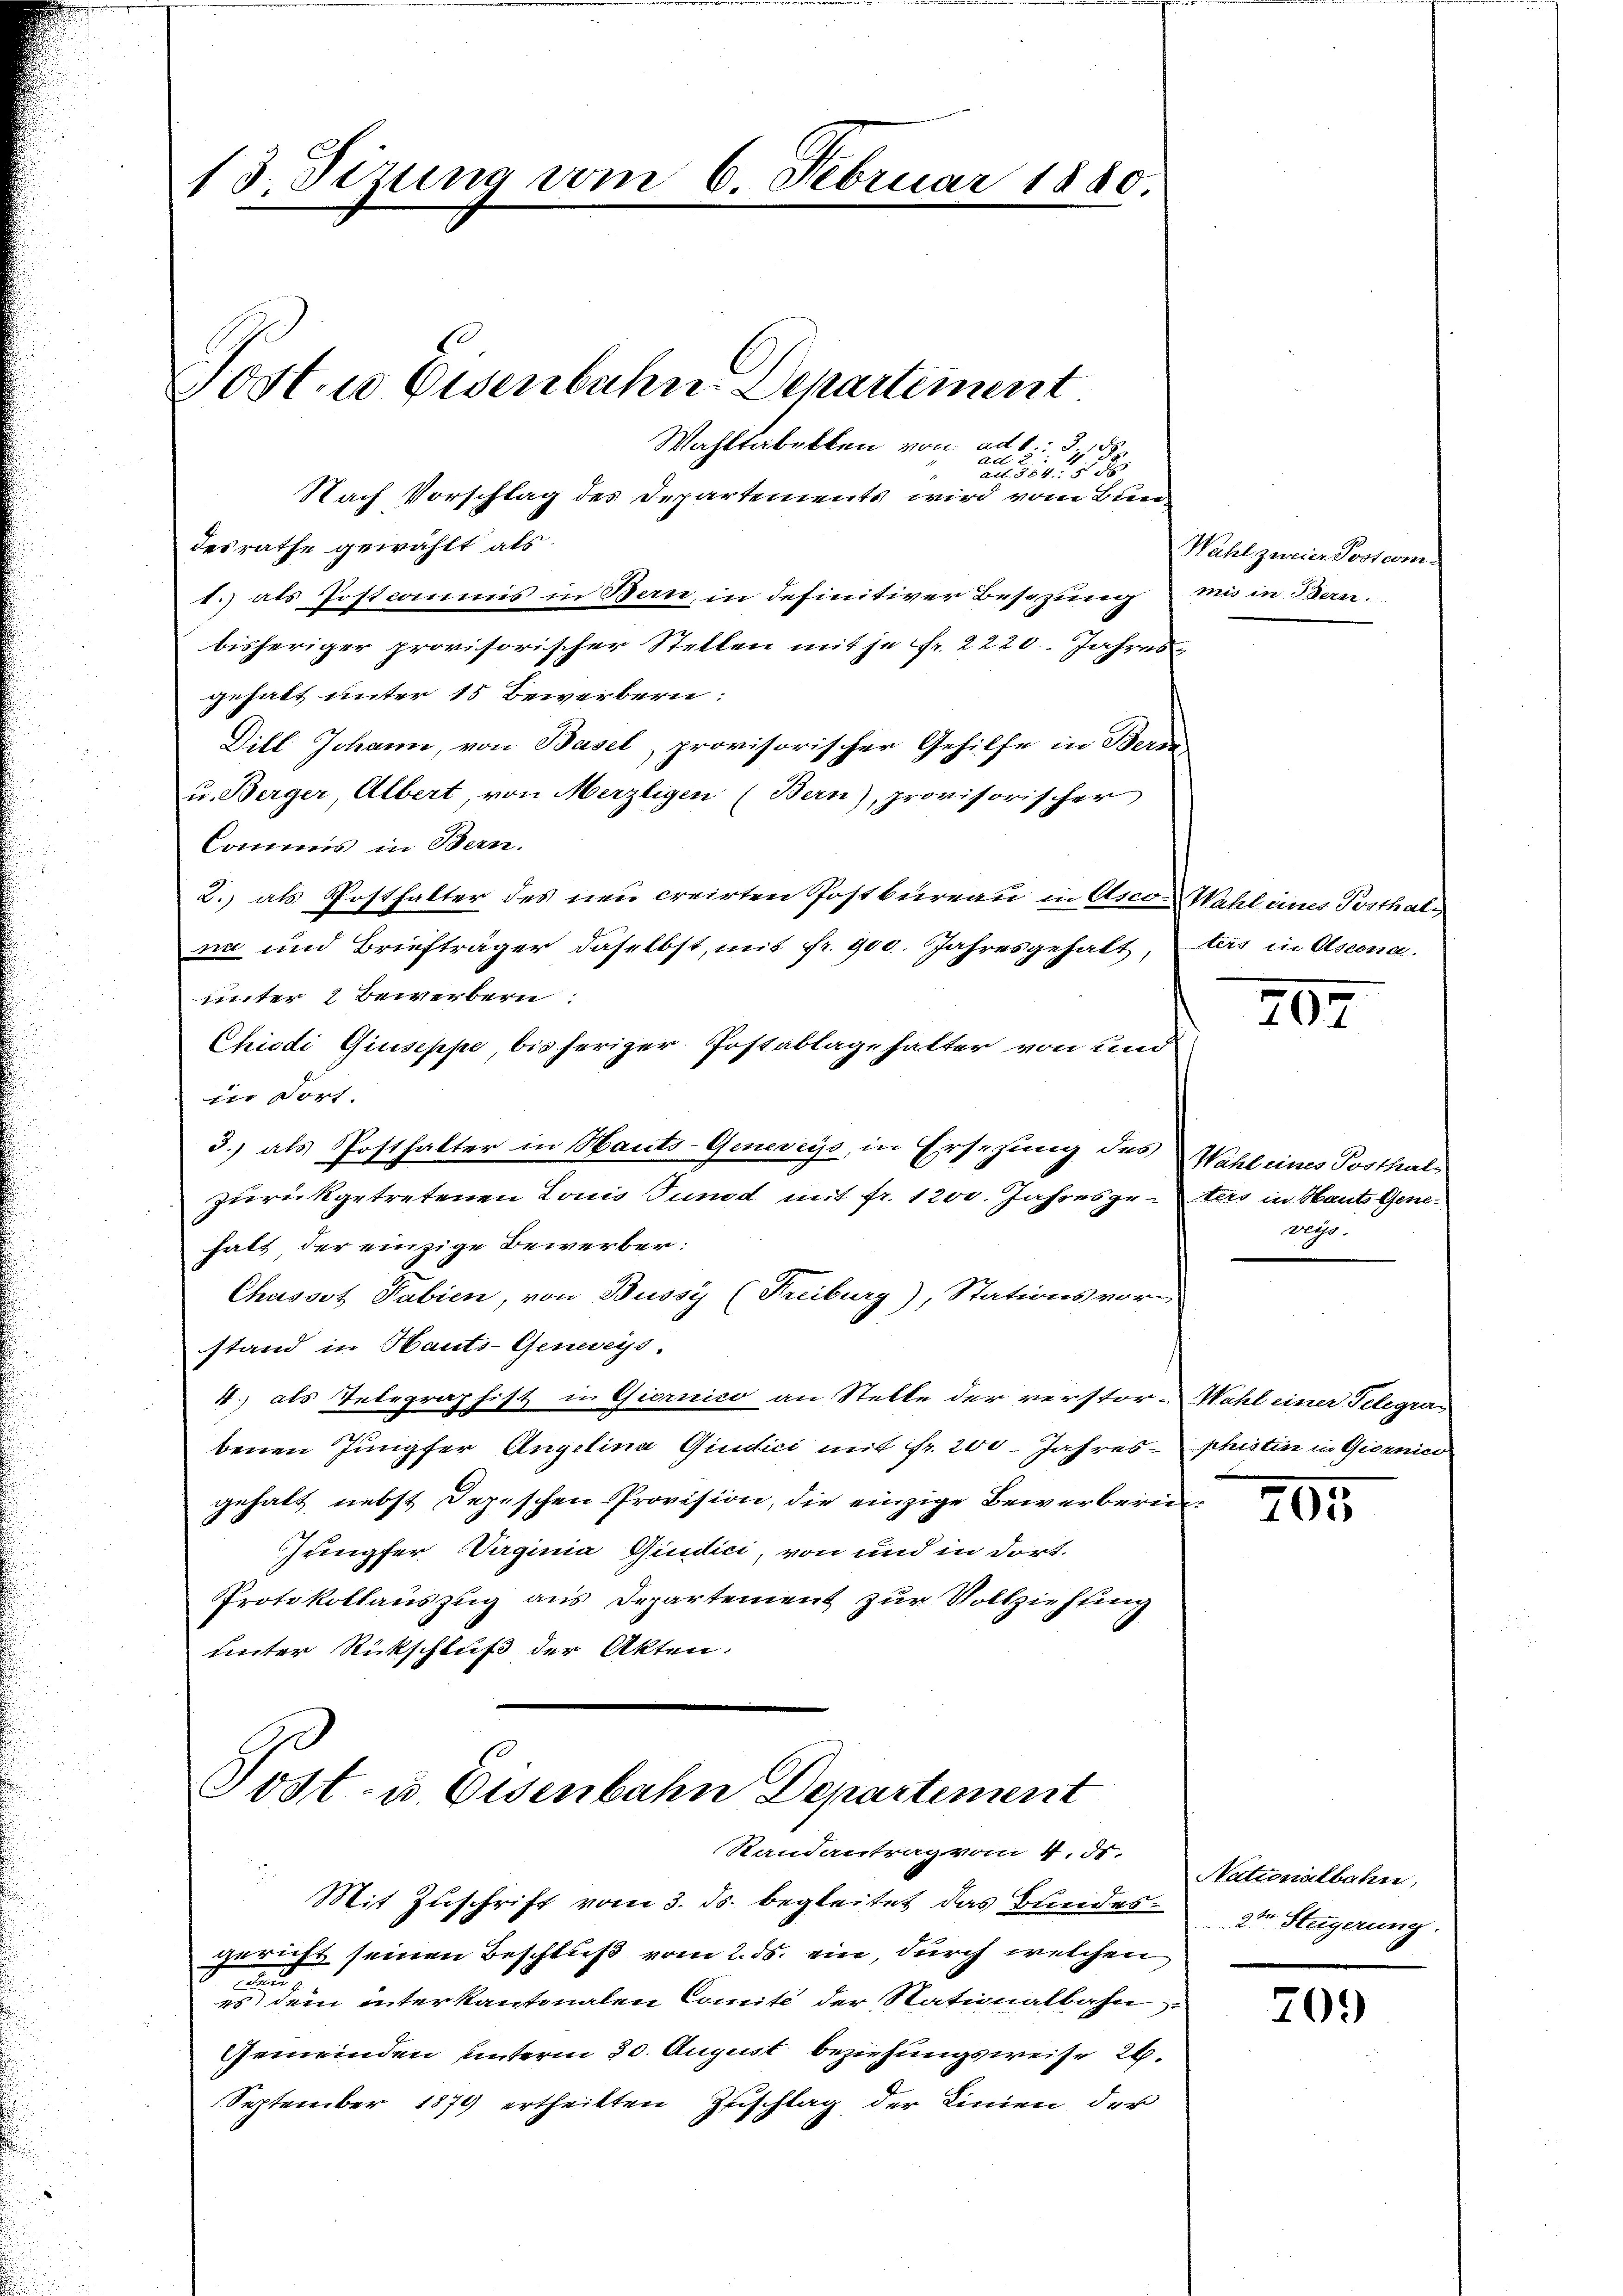
13. Sizung vom 6. Februa

Wahltabelken von ad S. 3, 187
All
ausser
Nach Vorschlag des Departements wird vom Bun-
desrathe gewählt als
1.) als Postcommis in Bern, in definitiver Besizung mit in Bern.
bisheriger provisorischer Stellen mit je Fr. 2220. Jahres
gehabt unter 15 Bewerbern:
Dill Johann, von Basel, provisorischer Gehilfe in Beron
u. Berger, Albert von Merzligen (Bern), provisorischer
Commis in Bern.
2.) als Posthalter des neu creirten Postbureau in Asco-Wahl eines Posthalna und Briefträger daselbst, mit Fr. 900. Jahresgehalt, tars in Ascona
unter 7 Bewerbern:
Chiodi Giuseppe, bis heriger Postablagehalter von und
dir doch
3.) als Posthalter in Hauts-Geneveys, in Ersezung des Wahl eines Posthal-
zurückgetretenen Louis Tundd mit Fr. 1200. Jahresgesters in Haut Genehalt, der einzige Bewerber:
Chassot Fabien, von Bussy (Freiburg), Stationsvorstand in Hauts-Geneveys.
4.) als Telegraphist in Giornico an Stelle der verstor-Wahl einer Telegrabenen Jungfer Angelina Giudici mit Fr. 200 Jahres phistin in Giornico
gehalt nebst Depeschen Provision, die einzige Bewerberin¬
Jungfer Daginia Giudici, von und in dort.
Protokollauszug aus Departement zur Vollziehung
ueter Rückschluß der Akten.

Post. Eisenbahn-Departement

Post- u. Eisenbahn Departement
Randantrag vom 4. d.

Mit Zuschrift vom 3. ds. begleitet das Bundesgericht seinen Beschluß vom 2. ds. ein, durch welchen
e
es dem interkantonalen Comité der Stationalbahn.
Gemeinden unterm 30. August beziehungsweise 26.
September 1874 ertheilten Zuschlag der Linien, der

1 § 80

Wahl zweier Postem.

407

veys.

705

Nationalbahn,
2te Steigerung.

70.)